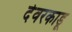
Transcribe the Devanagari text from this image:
देवरकाडू